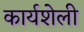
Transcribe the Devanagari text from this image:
कार्यशेली